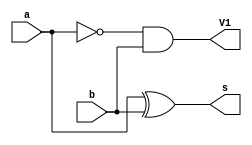
// Giselle Caroline Vieira

module meiadife (s, V1, a, b);

output s, V1;
input b, a;

xor XOR1 (s, a, b);
and AND1 (V1, ~a, b);

endmodule

module diferencacomp (s1, Vout, Vin, a1, b1);

output s1, Vout; 
input a1, b1, Vin;
wire temp1, temp2, temp3;

meiadife meiadife1 (temp1, temp2, a1, b1);
meiadife meiadife2 (s1, temp3, temp1, Vin);
or OR1 (Vout, t3, t2);
endmodule
module Testediferencacompleta;

reg a, b, Vin1;
wire s2, Vout2;

diferencacomp diferencacomp1 (s2, Vout2, Vin1, a, b);

 initial begin
      $display("\na  b  Vin   V1  s\n");
      $monitor("%b  %b   %b    %b    %b", a, b, Vin1, Vout2, s2);
  
	     a=0; b=0; Vin1 =0;
    #1  a=0; b=0; Vin1 =1; 
    #1  a=0; b=1; Vin1 =0;
    #1  a=0; b=1; Vin1 =1; 
	 #1  a=1; b=0; Vin1 =0;
    #1  a=1; b=0; Vin1 =1; 
    #1  a=1; b=1; Vin1 =0;
    #1  a=1; b=1; Vin1 =1; 
	  
    end
 endmodule